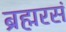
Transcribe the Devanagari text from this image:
ब्रह्मरसं